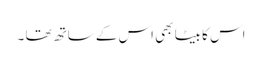
اس کا بیٹا بھی اس کے ساتھ تھا ۔